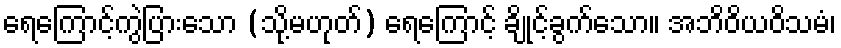
ရေကြောင့်ကွဲပြားသော (သို့မဟုတ်) ရေကြောင့် ချိုင့်ခွက်သော။ အဘိဝိယဝိသမံ၊